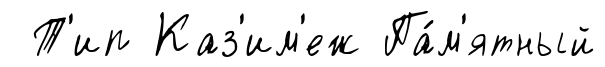
Т'ип Каз'им'еж Па́м'ятный